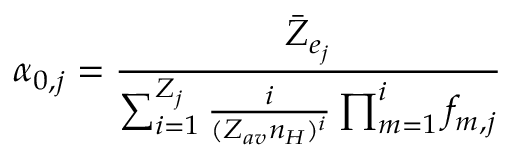
\alpha _ { 0 , j } = \frac { \bar { Z } _ { e _ { j } } } { \sum _ { i = 1 } ^ { Z _ { j } } \frac { i } { ( Z _ { a v } n _ { H } ) ^ { i } } \prod _ { m = 1 } ^ { i } f _ { m , j } }